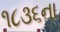
૧૮૩૬ના